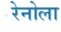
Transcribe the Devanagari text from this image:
रेनोला